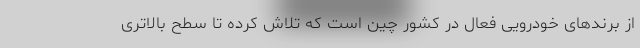
از برندهای خودرویی فعال در کشور چین است که تلاش کرده تا سطح بالاتری